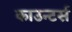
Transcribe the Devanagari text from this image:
काउन्टर्स